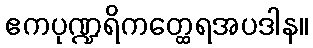
ဧကပုဏ္ဍရိကတ္ထေရအပဒါန။